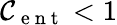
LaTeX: {\cal{C}}_{\mathrm{~e~n~t~}}<1